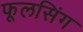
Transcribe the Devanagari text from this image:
फूलसिंग